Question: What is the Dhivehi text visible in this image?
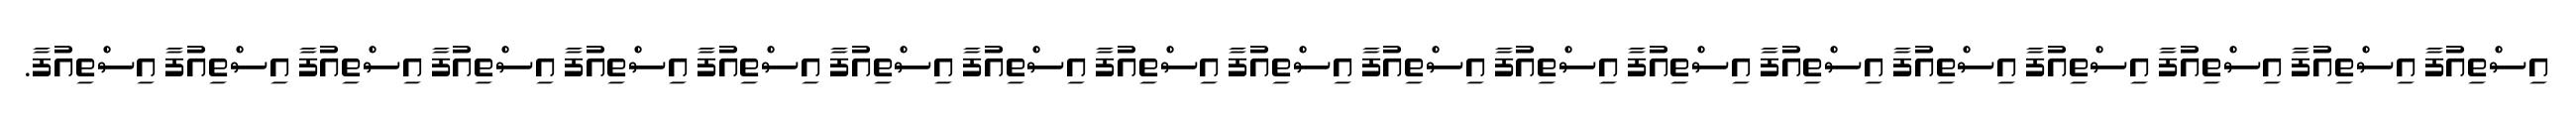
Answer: އިސްތިއުފާ އިސްތިއުފާ އިސްތިއުފާ އިސްތިއުފާ އިސްތިއުފާ އިސްތިއުފާ އިސްތިއުފާ އިސްތިއުފާ އިސްތިއުފާ އިސްތިއުފާ އިސްތިއުފާ އިސްތިއުފާ އިސްތިއުފާ އިސްތިއުފާ އިސްތިއުފާ އިސްތިއުފާ އިސްތިއުފާ އިސްތިއުފާ އިސްތިއުފާ.